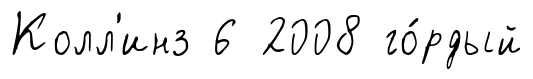
Колл'инз 6 2008 го́рдый